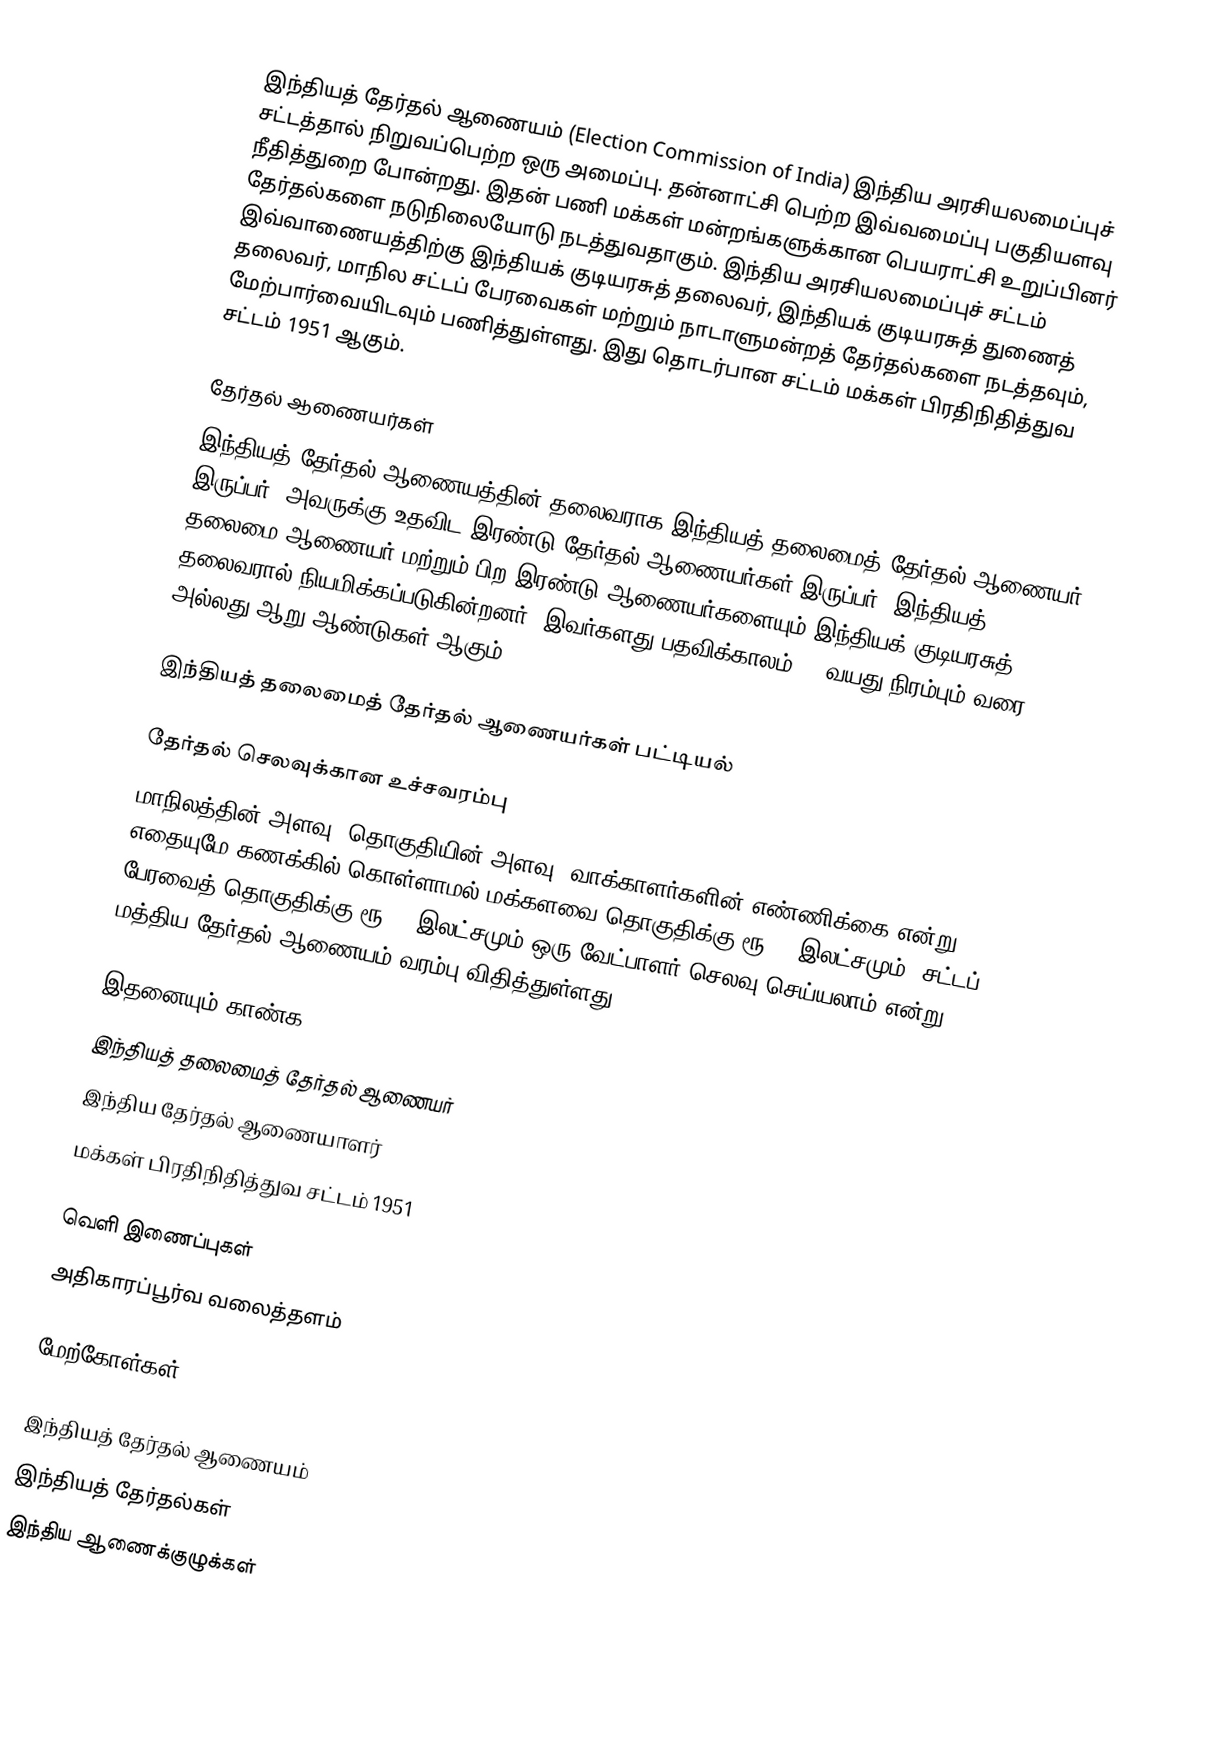
இந்தியத் தேர்தல் ஆணையம் (Election Commission of India) இந்திய அரசியலமைப்புச் சட்டத்தால் நிறுவப்பெற்ற ஒரு அமைப்பு. தன்னாட்சி பெற்ற இவ்வமைப்பு பகுதியளவு நீதித்துறை போன்றது. இதன் பணி மக்கள் மன்றங்களுக்கான பெயராட்சி உறுப்பினர் தேர்தல்களை நடுநிலையோடு நடத்துவதாகும். இந்திய அரசியலமைப்புச் சட்டம் இவ்வாணையத்திற்கு இந்தியக் குடியரசுத் தலைவர், இந்தியக் குடியரசுத் துணைத் தலைவர், மாநில சட்டப் பேரவைகள் மற்றும் நாடாளுமன்றத் தேர்தல்களை நடத்தவும், மேற்பார்வையிடவும் பணித்துள்ளது. இது தொடர்பான சட்டம் மக்கள் பிரதிநிதித்துவ சட்டம் 1951 ஆகும்.

தேர்தல் ஆணையர்கள்
இந்தியத் தேர்தல் ஆணையத்தின் தலைவராக இந்தியத் தலைமைத் தேர்தல் ஆணையர் இருப்பர். அவருக்கு உதவிட இரண்டு தேர்தல் ஆணையர்கள் இருப்பர். இந்தியத் தலைமை ஆணையர் மற்றும் பிற இரண்டு ஆணையர்களையும் இந்தியக் குடியரசுத் தலைவரால் நியமிக்கப்படுகின்றனர். இவர்களது பதவிக்காலம் 65 வயது நிரம்பும் வரை அல்லது ஆறு ஆண்டுகள் ஆகும்

இந்தியத் தலைமைத் தேர்தல் ஆணையர்கள் பட்டியல்

தேர்தல் செலவுக்கான உச்சவரம்பு
மாநிலத்தின் அளவு, தொகுதியின் அளவு, வாக்காளர்களின் எண்ணிக்கை என்று எதையுமே கணக்கில் கொள்ளாமல் மக்களவை தொகுதிக்கு ரூ.70 இலட்சமும், சட்டப் பேரவைத் தொகுதிக்கு ரூ.29 இலட்சமும்  ஒரு வேட்பாளர் செலவு செய்யலாம் என்று மத்திய தேர்தல் ஆணையம் வரம்பு விதித்துள்ளது.

இதனையும் காண்க
 இந்தியத் தலைமைத் தேர்தல் ஆணையர்
 இந்திய தேர்தல் ஆணையாளர்
 மக்கள் பிரதிநிதித்துவ சட்டம் 1951

வெளி இணைப்புகள்
 அதிகாரப்பூர்வ வலைத்தளம்

மேற்கோள்கள்

இந்தியத் தேர்தல் ஆணையம்
இந்தியத் தேர்தல்கள்
இந்திய ஆணைக்குழுக்கள்